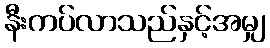
နီးကပ်လာသည်နှင့်အမျှ